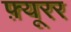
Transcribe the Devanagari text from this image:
फ़्यूरर